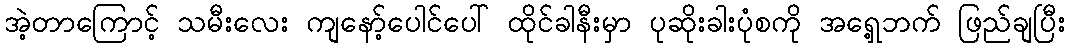
အဲ့တာကြောင့် သမီးလေး ကျနော့်ပေါင်ပေါ် ထိုင်ခါနီးမှာ ပုဆိုးခါးပုံစကို အရှေ့ဘက် ဖြည်ချပြီး